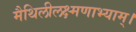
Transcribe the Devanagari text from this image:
मैथिलीलक्ष्मणाभ्याम्।